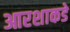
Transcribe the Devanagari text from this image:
आरशाकडे